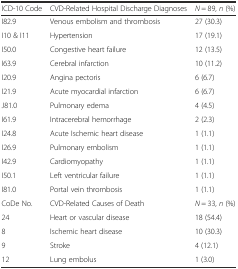
<table><thead><tr><td><b>ICD-10 Code</b></td><td><b>CVD-Related Hospital Discharge Diagnoses</b></td><td><b><i>N</i> = 89, <i>n</i> (%)</b></td></tr></thead><tbody><tr><td>I82.9</td><td>Venous embolism and thrombosis</td><td>27 (30.3)</td></tr><tr><td>I10 &amp; I11</td><td>Hypertension</td><td>17 (19.1)</td></tr><tr><td>I50.0</td><td>Congestive heart failure</td><td>12 (13.5)</td></tr><tr><td>I63.9</td><td>Cerebral infarction</td><td>10 (11.2)</td></tr><tr><td>I20.9</td><td>Angina pectoris</td><td>6 (6.7)</td></tr><tr><td>I21.9</td><td>Acute myocardial infarction</td><td>6 (6.7)</td></tr><tr><td>J81.0</td><td>Pulmonary edema</td><td>4 (4.5)</td></tr><tr><td>I61.9</td><td>Intracerebral hemorrhage</td><td>2 (2.3)</td></tr><tr><td>I24.8</td><td>Acute Ischemic heart disease</td><td>1 (1.1)</td></tr><tr><td>I26.9</td><td>Pulmonary embolism</td><td>1 (1.1)</td></tr><tr><td>I42.9</td><td>Cardiomyopathy</td><td>1 (1.1)</td></tr><tr><td>I50.1</td><td>Left ventricular failure</td><td>1 (1.1)</td></tr><tr><td>I81.0</td><td>Portal vein thrombosis</td><td>1 (1.1)</td></tr><tr><td>CoDe No.</td><td>CVD-Related Causes of Death</td><td><i>N</i> = 33, <i>n</i> (%)</td></tr><tr><td>24</td><td>Heart or vascular disease</td><td>18 (54.4)</td></tr><tr><td>8</td><td>Ischemic heart disease</td><td>10 (30.3)</td></tr><tr><td>9</td><td>Stroke</td><td>4 (12.1)</td></tr><tr><td>12</td><td>Lung embolus</td><td>1 (3.0)</td></tr></tbody></table>